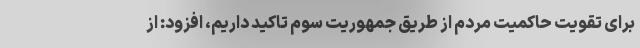
برای تقویت حاکمیت مردم از طریق جمهوریت سوم تاکید داریم، افزود: از